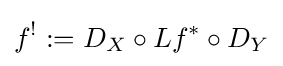
f^{!}:=D_{X}\circ Lf^{*}\circ D_{Y}